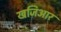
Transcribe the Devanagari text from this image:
खजिआर